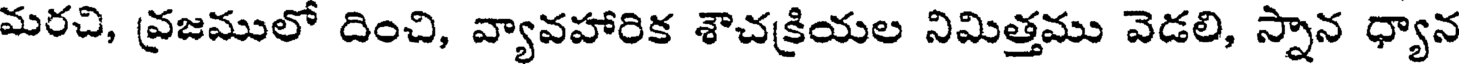
మరచి, వ్రజములో దించి, వ్యావహారిక శౌచక్రియల నిమిత్తము వెడలి, స్నాన ధ్యాన